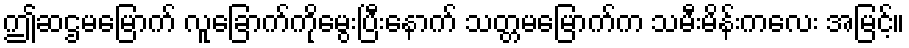
ဤဆဌမမြောက် လူခြောက်ကိုမွေးပြီးနောက် သတ္တမမြောက်က သမီးမိန်းကလေး အမြင့်။